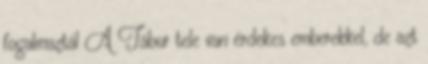
fogalmaztál A Tábor tele van érdekes emberekkel, de azt